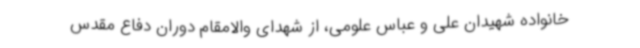
خانواده شهیدان علی و عباس علومی، از شهدای والامقام دوران دفاع مقدس